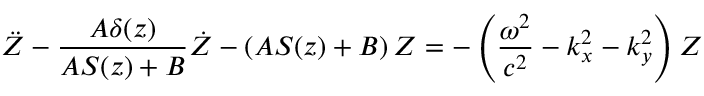
\ddot { Z } - \frac { A \delta ( z ) } { A S ( z ) + B } \dot { Z } - \left( A S ( z ) + B \right) Z = - \left( \frac { \omega ^ { 2 } } { c ^ { 2 } } - k _ { x } ^ { 2 } - k _ { y } ^ { 2 } \right) Z